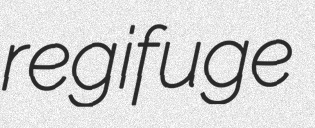
regifuge